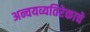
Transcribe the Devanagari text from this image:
अन्वयव्यतिरेकाचे